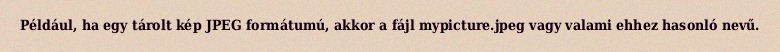
Például, ha egy tárolt kép JPEG formátumú, akkor a fájl mypicture.jpeg vagy valami ehhez hasonló nevű.